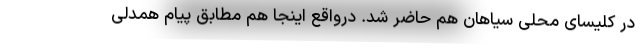
در کلیسای محلی سیاهان هم حاضر شد. درواقع اینجا هم مطابق پیام همدلی